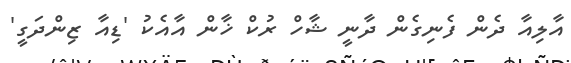
އާލިއާ ދެން ފެނިގެން ދާނީ ޝާހް ރުކް ޚާން އާއެކު 'ޑިއާ ޒިންދަގީ'